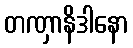
တဏှာနိဒါနော